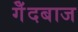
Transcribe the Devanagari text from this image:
गेँदबाज